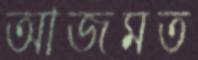
আজমত